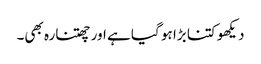
دیکھو کتنا بڑا ہو گیا ہے اور چھتنارہ بھی۔